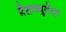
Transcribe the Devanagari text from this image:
मैसाच्यूसॅट्स